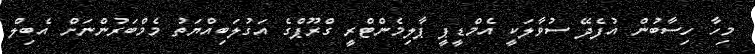
މިހާ ހިސާބުން އުފެދޭ ސުވާލަކީ އެމްޑީޕީ ޕާލިމެންޓްރީ ގްރޫޕްގެ އަގުލަބިއްޔަތު މެމްބަރުންނަށް އެބިލް